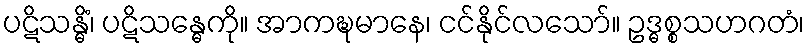
ပဋိသန္ဓိံ၊ ပဋိသန္ဓေကို။ အာကဍ္ဎမာနေ၊ ငင်နိုင်လသော်။ ဥဒ္ဓစ္စသဟဂတံ၊